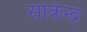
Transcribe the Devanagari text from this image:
साकेन्द्र